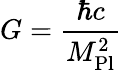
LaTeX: G={\frac{\hbar c}{M_{\mathrm{Pl}}^{2}}}